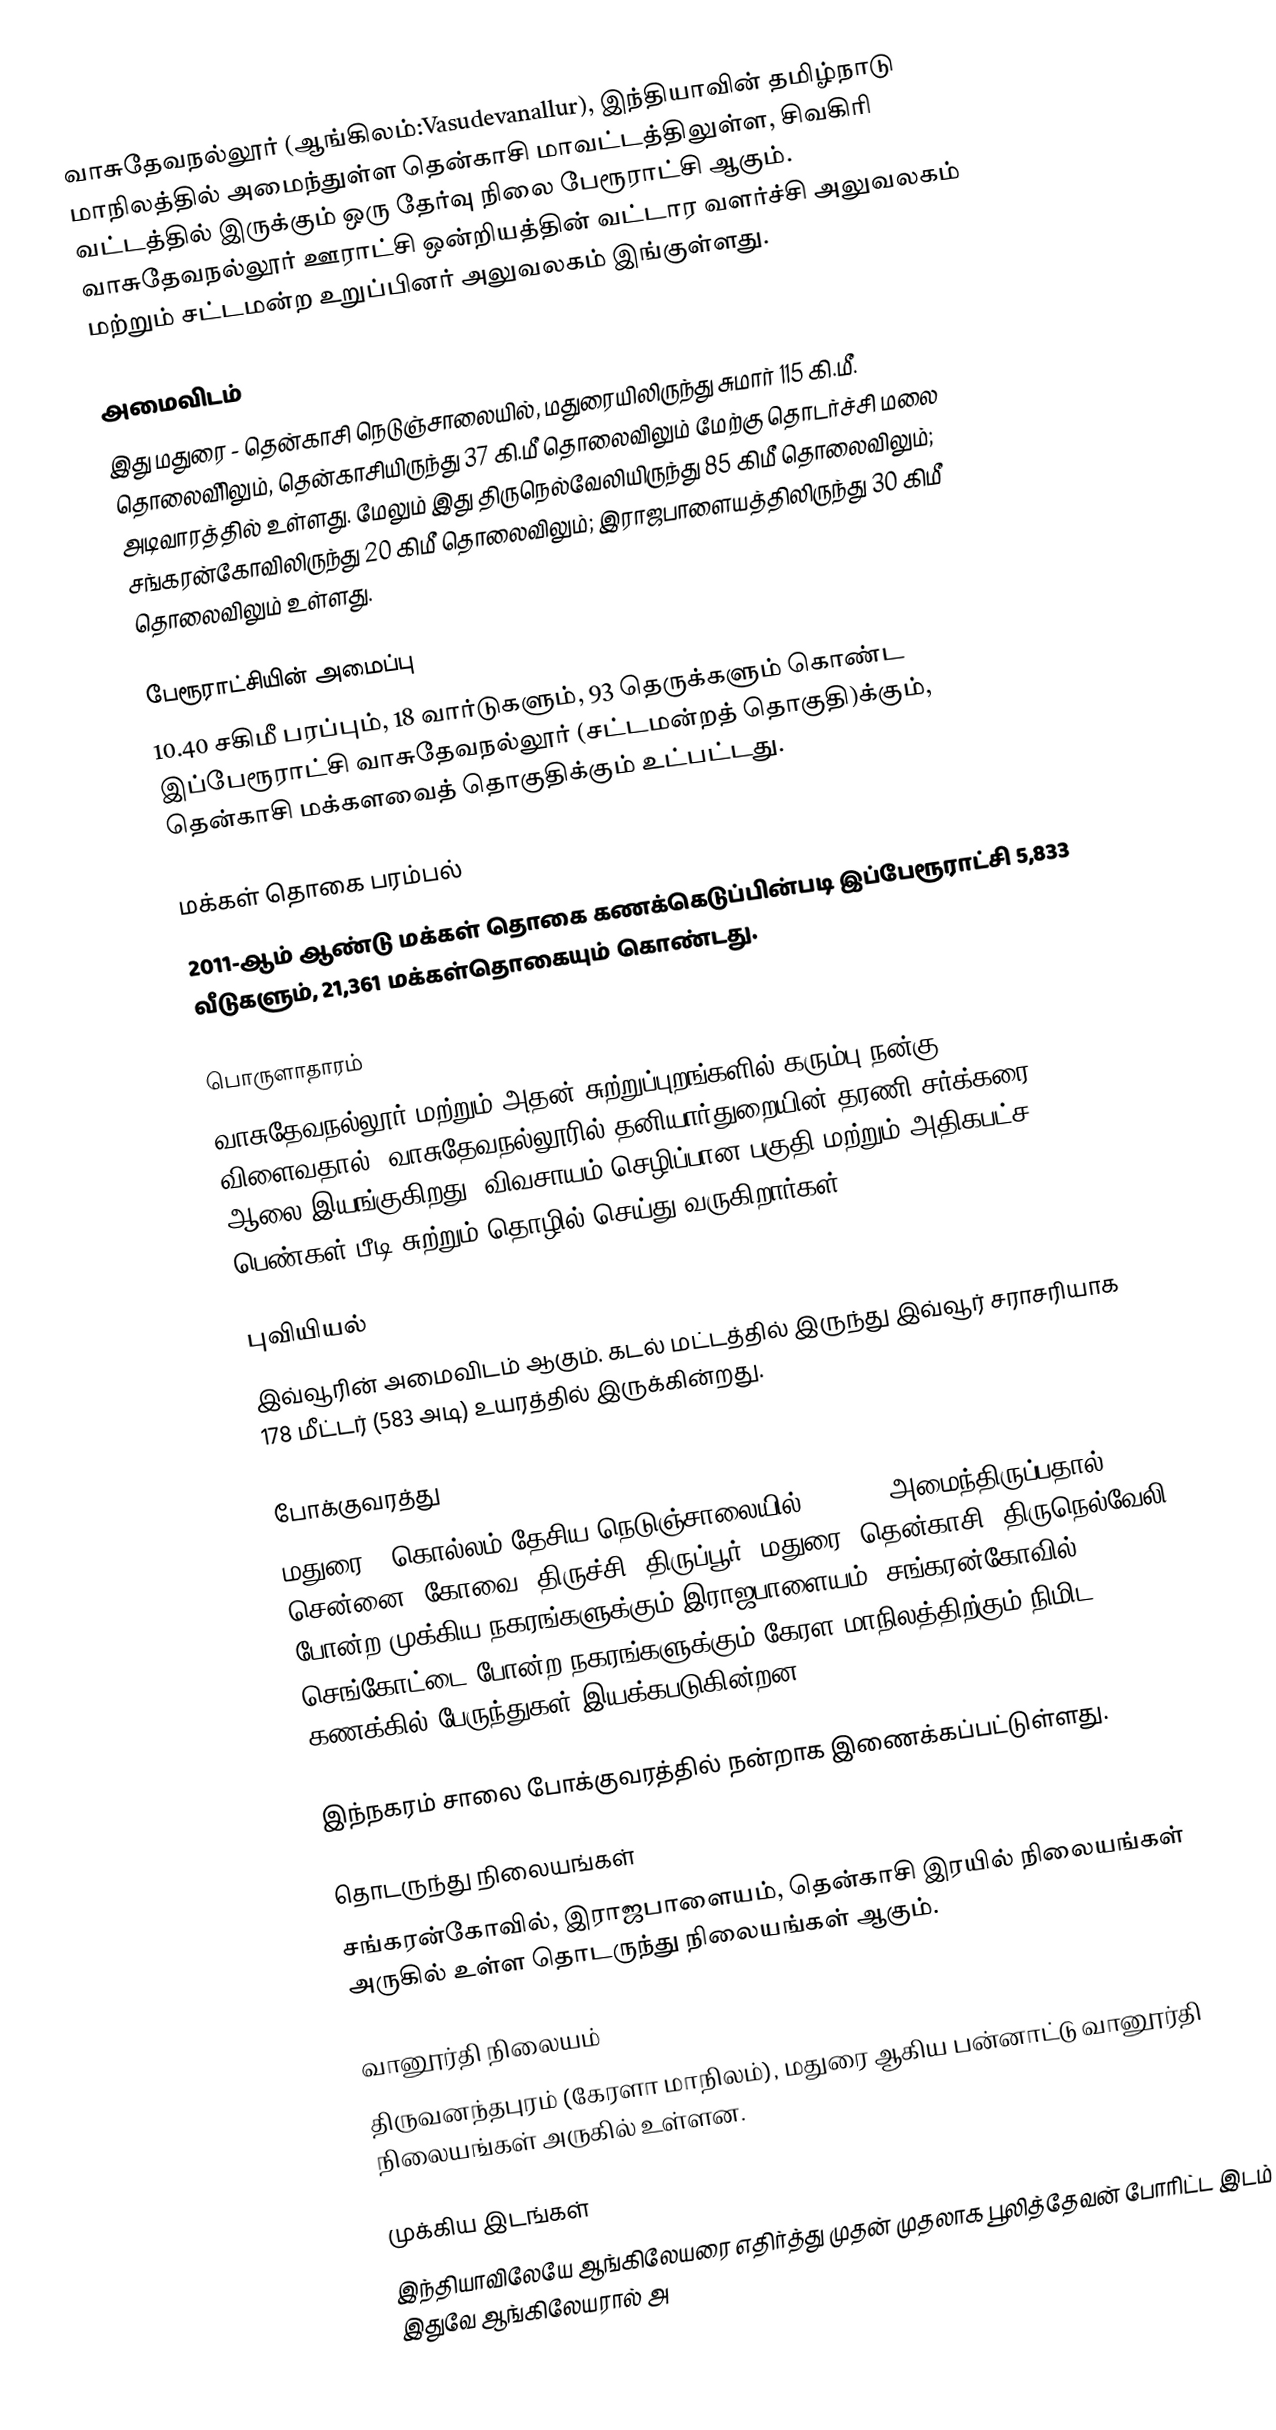
வாசுதேவநல்லூர் (ஆங்கிலம்:Vasudevanallur), இந்தியாவின் தமிழ்நாடு மாநிலத்தில் அமைந்துள்ள தென்காசி மாவட்டத்திலுள்ள, சிவகிரி வட்டத்தில் இருக்கும் ஒரு தேர்வு நிலை பேரூராட்சி ஆகும். வாசுதேவநல்லூர் ஊராட்சி ஒன்றியத்தின் வட்டார வளர்ச்சி அலுவலகம் மற்றும் சட்டமன்ற உறுப்பினர் அலுவலகம் இங்குள்ளது.

அமைவிடம்
இது மதுரை -  தென்காசி நெடுஞ்சாலையில், மதுரையிலிருந்து சுமார் 115 கி.மீ. தொலைவிிலும், தென்காசியிருந்து 37 கி.மீ தொலைவிலும் மேற்கு தொடர்ச்சி மலை அடிவாரத்தில் உள்ளது. மேலும் இது திருநெல்வேலியிருந்து 85 கிமீ தொலைவிலும்; சங்கரன்கோவிலிருந்து 20 கிமீ தொலைவிலும்; இராஜபாளையத்திலிருந்து 30 கிமீ தொலைவிலும் உள்ளது.

பேரூராட்சியின் அமைப்பு
10.40 சகிமீ பரப்பும், 18 வார்டுகளும், 93 தெருக்களும் கொண்ட இப்பேரூராட்சி  வாசுதேவநல்லூர் (சட்டமன்றத் தொகுதி)க்கும், தென்காசி மக்களவைத் தொகுதிக்கும் உட்பட்டது.

மக்கள் தொகை பரம்பல்
2011-ஆம் ஆண்டு மக்கள் தொகை கணக்கெடுப்பின்படி இப்பேரூராட்சி                          5,833 வீடுகளும், 21,361 மக்கள்தொகையும் கொண்டது.

பொருளாதாரம்
வாசுதேவநல்லூர் மற்றும் அதன் சுற்றுப்புறங்களில் கரும்பு நன்கு  விளைவதால், வாசுதேவநல்லூரில் தனியார்துறையின் தரணி சர்க்கரை ஆலை இயங்குகிறது. விவசாயம் செழிப்பான பகுதி மற்றும் அதிகபட்ச பெண்கள் பீடி சுற்றும் தொழில் செய்து வருகிறார்கள்.

புவியியல்
இவ்வூரின் அமைவிடம்  ஆகும். கடல் மட்டத்தில் இருந்து இவ்வூர் சராசரியாக 178 மீட்டர் (583 அடி) உயரத்தில் இருக்கின்றது.

போக்குவரத்து
மதுரை - கொல்லம் தேசிய நெடுஞ்சாலையில் (NH744) அமைந்திருப்பதால், சென்னை, கோவை, திருச்சி, திருப்பூர், மதுரை, தென்காசி, திருநெல்வேலி போன்ற முக்கிய நகரங்களுக்கும் இராஜபாளையம், சங்கரன்கோவில், செங்கோட்டை போன்ற நகரங்களுக்கும் கேரள மாநிலத்திற்கும் நிமிட கணக்கில் பேருந்துகள் இயக்கபடுகின்றன.

இந்நகரம் சாலை போக்குவரத்தில் நன்றாக இணைக்கப்பட்டுள்ளது.

தொடருந்து நிலையங்கள்
சங்கரன்கோவில், இராஜபாளையம், தென்காசி இரயில் நிலையங்கள் அருகில் உள்ள தொடருந்து நிலையங்கள்  ஆகும்.

வானூர்தி நிலையம்
திருவனந்தபுரம் (கேரளா மாநிலம்), மதுரை ஆகிய பன்னாட்டு வானூர்தி நிலையங்கள் அருகில் உள்ளன.

முக்கிய இடங்கள்
இந்தியாவிலேயே ஆங்கிலேயரை எதிர்த்து முதன் முதலாக பூலித்தேவன் போரிட்ட இடம் இதுவே ஆங்கிலேயரால் அ